Punjab Mental Hospital Lahore 1932-46 - 1932-1946
Year: 1932
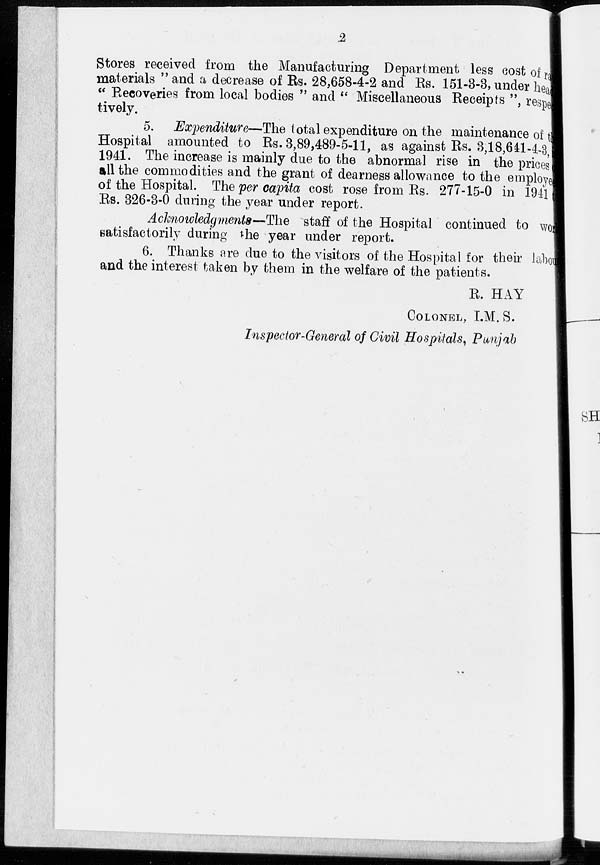
2
Stores received from the Manufacturing Department less cost of raw
materials " and a decrease of Rs. 28,658-4-2 and Rs. 151-3-3, under head
" Recoveries from local bodies " and " Miscellaneous Receipts ", respec
tively.
5. Expenditure—The total expenditure on the maintenance of the
Hospital amounted to Rs. 3,89,489-5-11, as against Rs. 3,18,641-4-3,in
1941. The increase is mainly due to the abnormal rise in the prices
all the commodities and the grant of dearness allowance to the employed
of the Hospital. The per capita cost rose from Rs. 277-15-0 in 1941
Rs. 326-3-0 during the year under report.
Acknowledgments—The staff of the Hospital continued to world
satisfactorily during the year under report.
6. Thanks are due to the visitors of the Hospital for their labour
and the interest taken by them in the welfare of the patients.
R. HAY
COLONEL, I.M. S.
Inspector-General of Civil Hospitals, Punjab